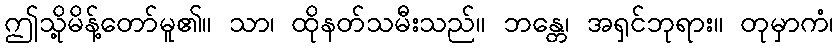
ဤသို့မိန့်တော်မူ၏။ သာ၊ ထိုနတ်သမီးသည်။ ဘန္တေ၊ အရှင်ဘုရား။ တုမှာကံ၊